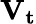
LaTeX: \mathbf{V_{t}}